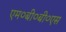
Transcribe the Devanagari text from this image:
एम०बी०बी०एस